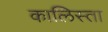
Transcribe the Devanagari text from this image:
कालिस्ता